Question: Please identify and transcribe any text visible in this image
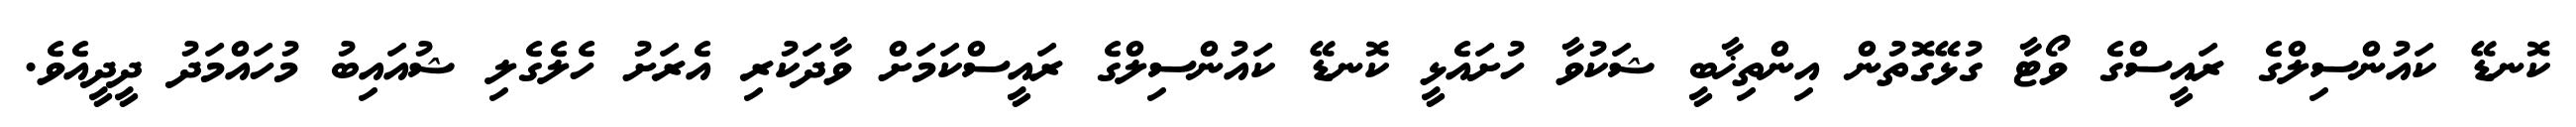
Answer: ކޮނޑޭ ކައުންސިލްގެ ރައީސްގެ ވޯޓާ ގުޅޭގޮތުން އިންތިޚާބީ ޝަކުވާ ހުށައެޅީ ކޮނޑޭ ކައުންސިލްގެ ރައީސްކަމަށް ވާދަކުރި އެރަށު ހެލެގެލި ޝުއައިބު މުހައްމަދު ދީދީއެވެ.